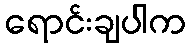
ရောင်းချပါက